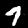
Digit: 7